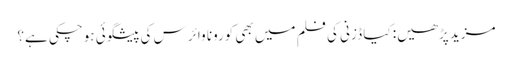
مزید پڑھیں: کیا ڈزنی کی فلم میں بھی کورونا وائرس کی پیشگوئی ہوچکی ہے؟